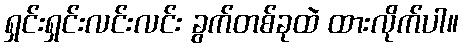
ရှင်းရှင်းလင်းလင်း ခွက်တစ်ခုထဲ ထားလိုက်ပါ။